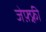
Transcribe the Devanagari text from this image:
जेफ़्फ़्री